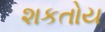
શકતોય